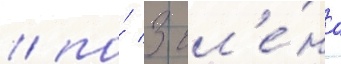
/ по́ 3 чл'е́на